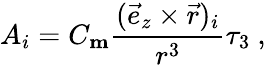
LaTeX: A_{i}=C_{\mathrm{\mathbf m}}\frac{(\vec{e}_{z}\times\vec{r})_{i}}{r^{3}}\tau_{3}\ ,